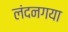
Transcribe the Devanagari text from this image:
लंदनगया